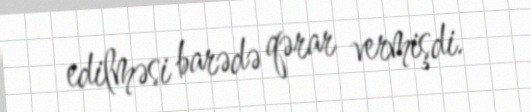
edilməsi barədə qərar vermişdi.